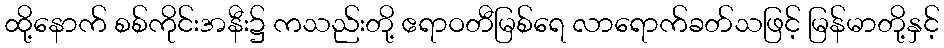
ထို့နောက် စစ်ကိုင်းအနီး၌ ကသည်းတို့ ဧရာဝတီမြစ်ရေ လာရောက်ခတ်သဖြင့် မြန်မာတို့နှင့်